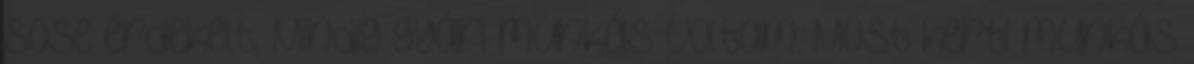
sose érdekelt, Mindig gyári munkás voltam. Most kerti munkás